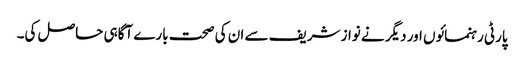
پارٹی رہنمائوں اور دیگر نے نواز شریف سے ان کی صحت بارے آگاہی حاصل کی۔